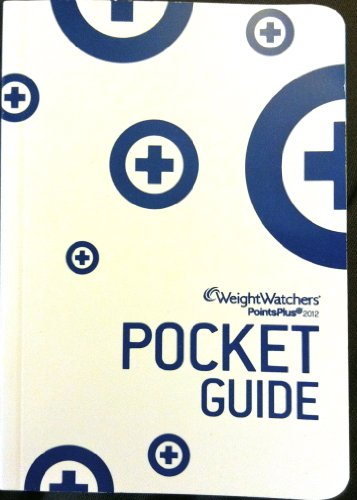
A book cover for Weight Watchers PointsPlusÂ® Pocket Guide 2012; Weight Watchers; Health, Fitness & Dieting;